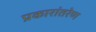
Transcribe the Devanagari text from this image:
प्रकारांतरेण